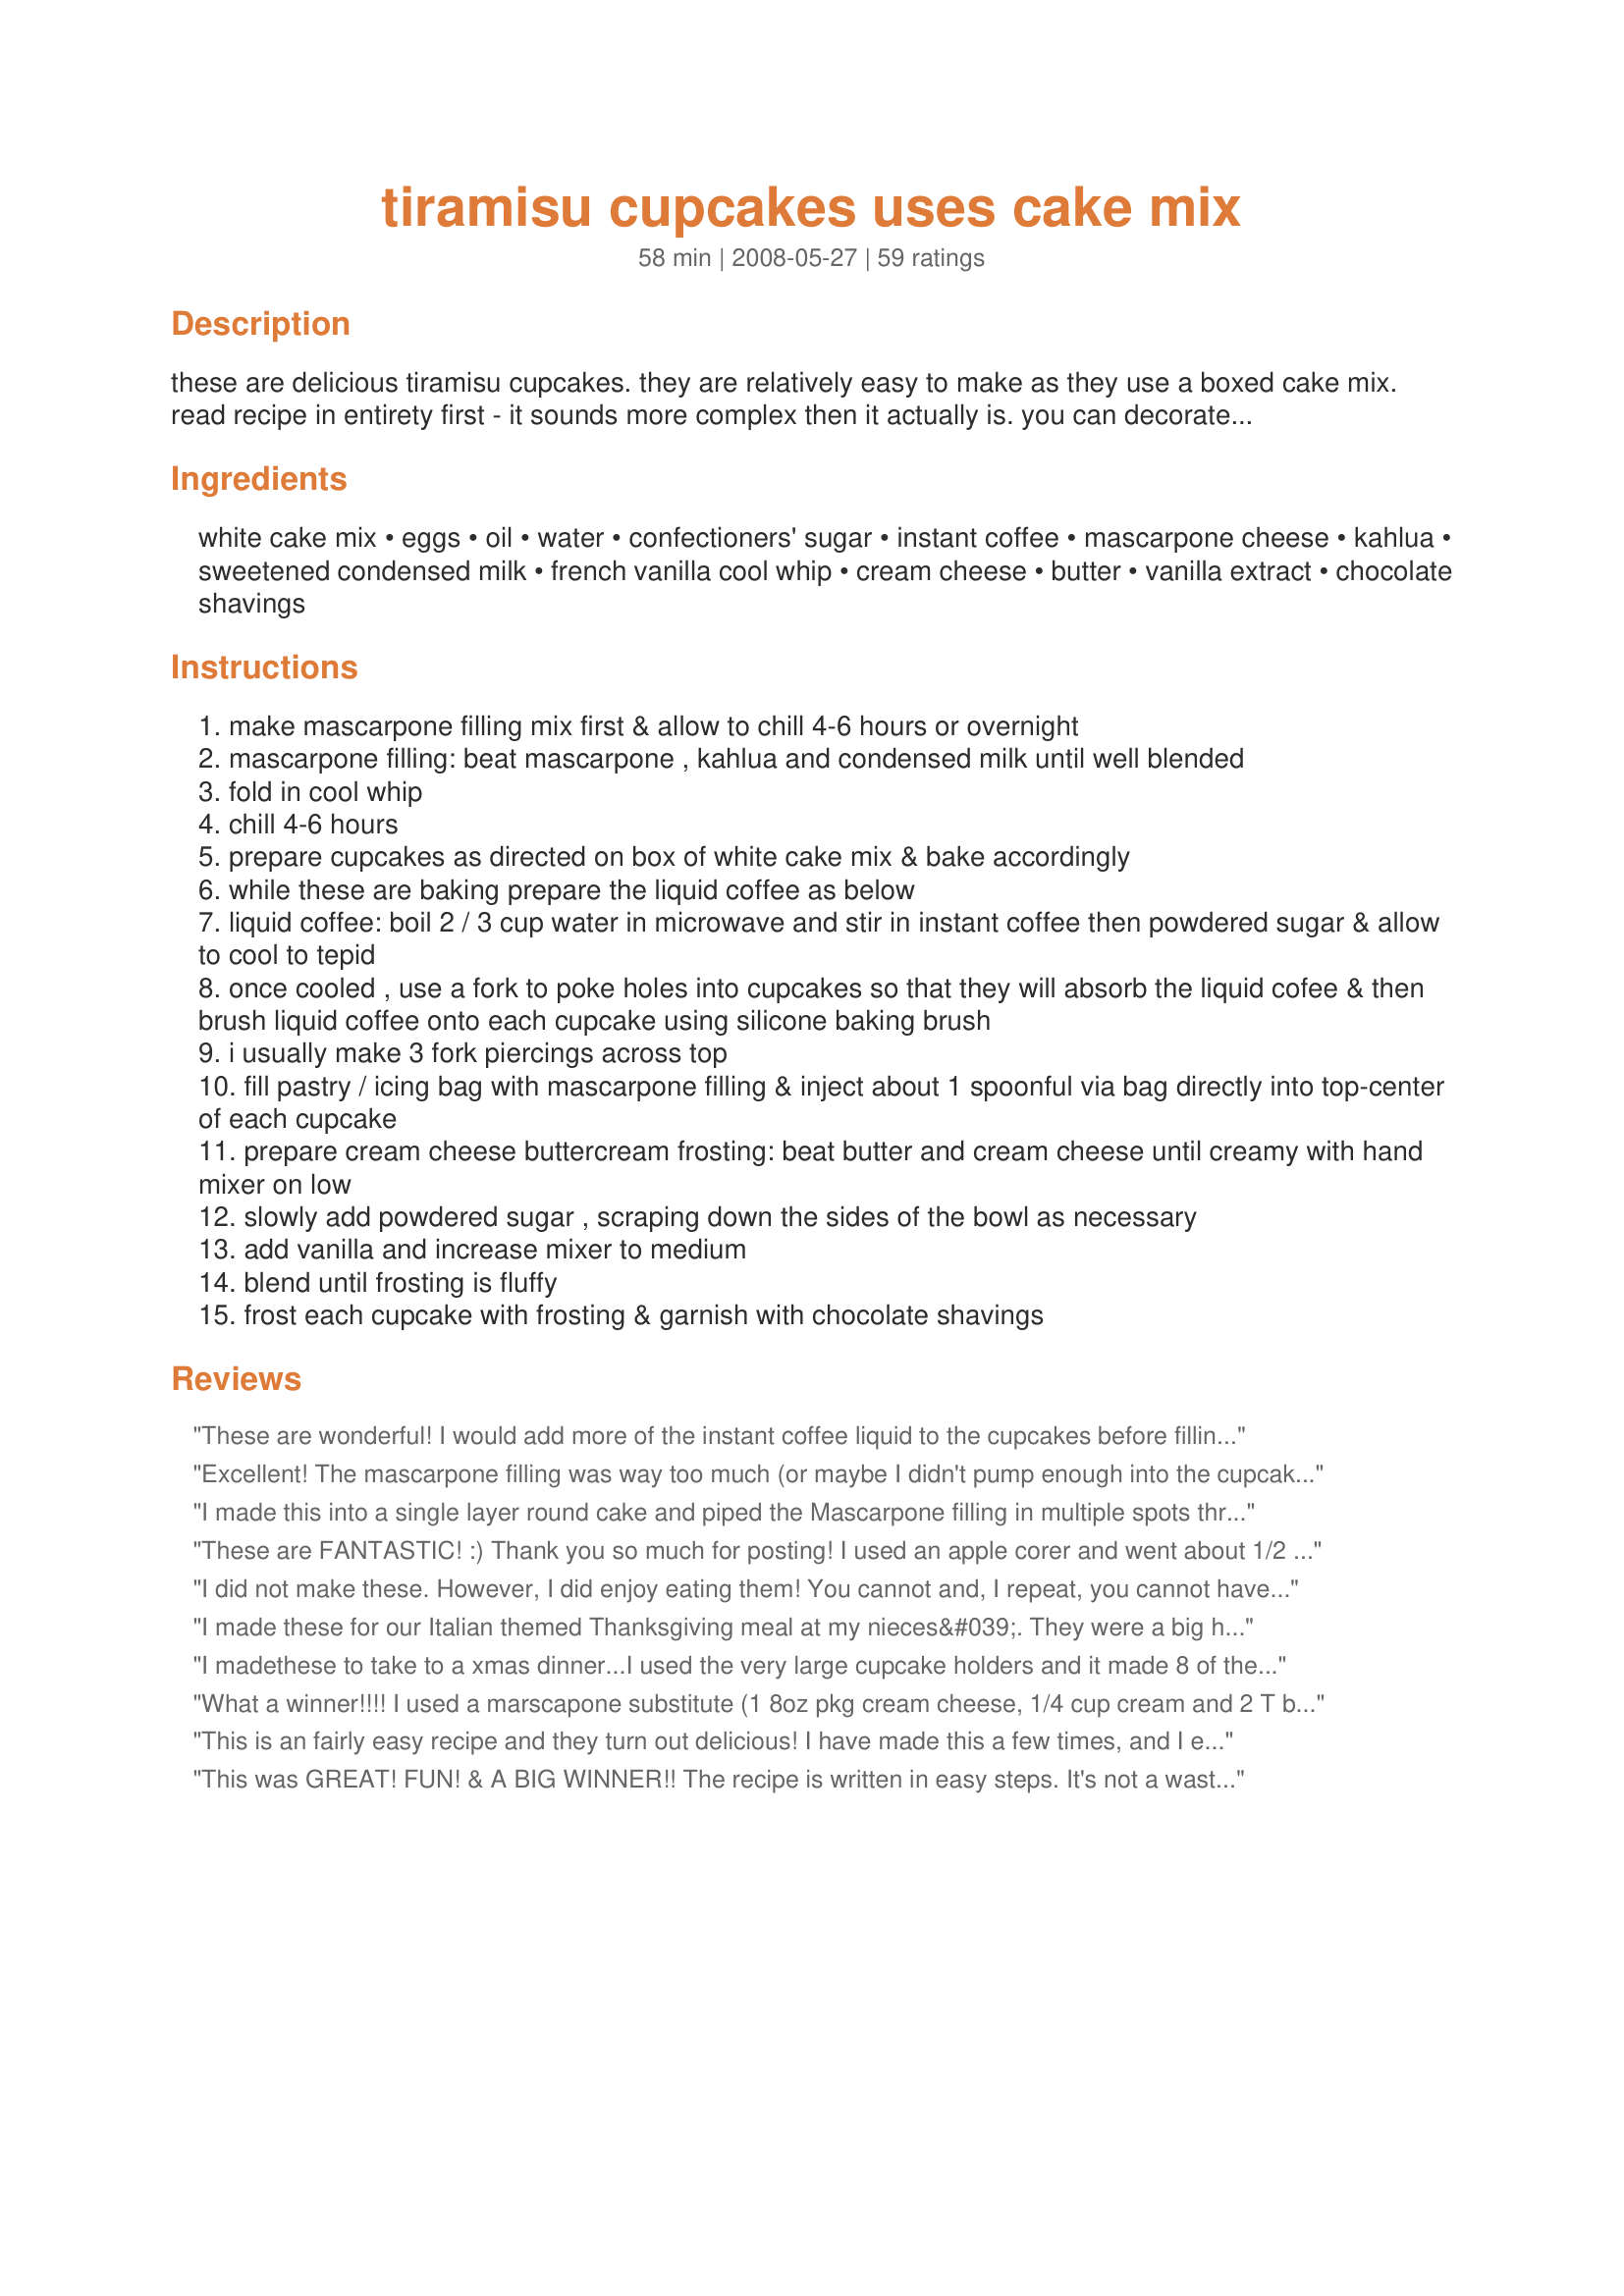
tiramisu cupcakes uses cake mix
Preparation time: 58 minutes

these are delicious tiramisu cupcakes. they are relatively easy to make as they use a boxed cake mix. read recipe in entirety first - it sounds more complex then it actually is. you can decorate these to be quite elegant & fancy in presentation for brunches, bridal showers, or whatever suits your needs. these sell at gourmet bakeries, coffee shops & cafe's for a pretty penny. note: i do use mascarpone to make these as that is more traditional, but you could substitute with plain cream cheese if needed.
also, i do use cupcake liners because i think they present better.
lastly, it's best to prepare mascarpone filling & chill about 4-6 hours in advance or night before.
fyi: you can fill the cupcakes by using a icing decorating (piping) bag filled with the mascarpone filling or use an old fashioned ketchup or mustard plastic bottle with nozzle point tip << yes, those ugly yellow & red things :-)
*** update: some of you contacted me about skipping the pastry bag step, that's completely fine, what you need to do is leave room when filling cupcake wrappers by not filling all the way, after cupcakes are baked, you poke the holes & do the liquid coffee over top of poked cakes, then just top with the mascarpone layer (make sure it's chilled well as it thickens) then just use the cream cheese frosting on top of that & top with chocolate shavings.

Ingredients:
white cake mix, eggs, oil, water, confectioners' sugar, instant coffee, mascarpone cheese, kahlua, sweetened condensed milk, french vanilla cool whip, cream cheese, butter, vanilla extract, chocolate shavings

Steps:
make mascarpone filling mix first & allow to chill 4-6 hours or overnight
mascarpone filling: beat mascarpone , kahlua and condensed milk until well blended
fold in cool whip
chill 4-6 hours
prepare cupcakes as directed on box of white cake mix & bake accordingly
while these are baking prepare the liquid coffee as below
liquid coffee: boil 2 / 3 cup water in microwave and stir in instant coffee then powdered sugar & allow to cool to tepid
once cooled , use a fork to poke holes into cupcakes so that they will absorb the liquid cofee & then brush liquid coffee onto each cupcake using silicone baking brush
i usually make 3 fork piercings across top
fill pastry / icing bag with mascarpone filling & inject about 1 spoonful via bag directly into top-center of each cupcake
prepare cream cheese buttercream frosting: beat butter and cream cheese until creamy with hand mixer on low
slowly add powdered sugar , scraping down the sides of the bowl as necessary
add vanilla and increase mixer to medium
blend until frosting is fluffy
frost each cupcake with frosting & garnish with chocolate shavings

Reviews:
These are wonderful! I would add more of the instant coffee liquid to the cupcakes before filling them though. They don't taste like they are from a cake mix at all!
Excellent! The mascarpone filling was way too much (or maybe I didn't pump enough into the cupcakes). But I saved the extra in the freezer and will likely do another batch soon. Thanks!
I made this into a single layer round cake and piped the Mascarpone filling in multiple spots throughout the cake and then frosted the cake. I dusted with Chocolate and a small grouping of espresso beans in the center. It was a HUGE hit and absolutely delicious!!!!
These are FANTASTIC! :) Thank you so much for posting! I used an apple corer and went about 1/2 way down into the cupcake to pull out a plug- out of the center of the cupcake. I piped the filling in and cut off the top of plug/cork shaped cake and plugged it back up. Super Easy!! Next time after I core out a bit I will put a little of the coffee mixture at the bottom of the hole :) YUM!
I did not make these. However, I did enjoy eating them! You cannot and, I repeat, you cannot have just one!!!
I made these for our Italian themed Thanksgiving meal at my nieces&#039;. They were a big hit. A bit time consuming, but worth it. I used my decorating tips and they looked just like store bought cupcakes, I even impressed myself!!
I madethese to take to a xmas dinner...I used the very large cupcake holders and it made 8 of them...they were spectacular!...a real show stopper.
What a winner!!!! I used a marscapone substitute (1 8oz pkg cream cheese, 1/4 cup cream and 2 T butter creamed together) and also didn't have french vanilla cool whip so I just added some vanilla extract. Perfect cupcakes - amazing. I baked them in foil liners as suggested by another reviewer. I used a pampered chef Easy Accent Decorator to fill my cupcakes. I will SO make these again!!!
This is an fairly easy recipe and they turn out delicious! I have made this a few times, and I even turned this recipe into a simple round cake. That came our just as wonderful! Thanks for sharing!
This was GREAT! FUN! & A BIG WINNER!! The recipe is written in easy steps. It's not a waste of time if you rather make you own cake from scratch...fine, just follow these easy GREAT Filling Recipes. The Fillings can't be beat! Blondie really hit the flavor on the coffee, the filling, & the frosting!! I am blown away with the concept & taste!!! So Authentic! The Best Tiramisu I have ever made. The first time I made them I didn't pour enough coffee on each one...I only used two teaspoons on each cake. The second time, I used four teaspoons & it was even better!<br/>Again, this is such a wonderful addition to a party! I LOVE THEM. Thank You Blondie!
Can't give any stars as of yet-but I LOVE(!!!!!!) tiramisu and will definetely try these. I would use marscapone cheese-as you mentioned-traditional and a bit lighter.
Omg...If these taste like tiramisu without having to dip ladyfingers and such I am sooooo there!!! Thanks for sharing this!!!
Absolutely delicious!!! It was a little time consuming, but the time it took to prepare this goody was ABSOLUTELY WORTH IT!!! Fabulous
Good. Kinda time consuming. My family really liked it. Thanks.
These were truly delicious! I followed the recipe except I did not use the frosting. Instead, I topped each cupcake with more of the mascarpone filling. They tasted so much lighter than traditional overly sweet cupcakes, and I just loved them. I'll definitely be making them again!
Awsome!! I love this and got raves about it!! I think i could have put more of the coffee stuff on it i was afraid to put too much on since i only had paper cups. Instead of the frosting i used left over filling added the cream cheese and 1/2 cup powdered sugar and pipedd that on top. will make many times thank you!
By far, this recipe will exceed your expectations. It's so decadent that the cupcake size of it is perfect. These morsels honestly melt in your mouth. The layering of flavors combined with the soft, fluffy texture make them incredible. An unbelievably fabulous recipe!!
My mother had these at a bake sale and could not stop talking about them. So for her birthday I suprised her with these, thanks to you and your recipe :) So good with not a lot of hard work. I didnt use the Kalua since I figured the girlscouts probably didnt liquer them up. I look forward to trying the adult version sometime. Thanks a bunch!
Oh my God! That's what everyone was saying when they bit into these cupcakes. I made them exactly as the recipe, with the only liberty being that I used a mixture of kahlua and spiced rum for the liquid coffee layer. These really impressed.
These are PHENOMENAL! Only thing I did different after reading reviews, was I used the left- over filling after filling the cupcakes, (instead of making the frosting as listed) and I added just enough powdered sugar to firm it up a little more to frost the cupcakes with it. After chilling the cupcakes, the frosting will firm up even more. Used Hershey's Special Dark for the chocolate grated on top. I did take a picture and will try to post it later. I will make these again and again.Thank you BlondieItaliana!
wow! I made these today for my daughter's birthday and her b/f's is tomorrow, I hope they taste as good as they look :)... WOWZERS! Mascarpone cheese was way too expensive , I made my own with.. 1 (8oz) pkg. cream cheese, 1/4 cup whipping cream and 2 1/2 tblsp. sour cream.....Also, i didn t have large cupcake pan, so I bought some small foil individual meat pie pans... I will update after dinner tonight once my guests are gone ...Wish me luck ,lmao<br/>Well, i'm back and my guest were amazed all u heard was ummm, omggg,this is so good :) everyone was happy and that made me smile :) tyvm for great recipe blondie will be making this again for sure
I am not a fan of the boxed cake flavor that is still present after adding the coffee syrup. The texture was also something I did not care for as it was mushy. The mascarpone filling was my favorite part of the entire recipe.
OUTSTANDING! I love tiramisu, it's one of my favorite things in the world. I made these yesterday for a dinner party last night and I have to tell you that every single person was flabbergasted as to how delicious these were. Everyone asked for the recipe. I took the advice of the previous reviewer and didn't bother with a pastry bag. I just layered on the mascarpone layer after I pierced the cupcake with an X formation using a 2 prong meat fork - poured on the coffee mixture, topped with the mascarpone layer then topped with the cream layer & dusted with shaved Dove dark chocolate. I saw in another recipe to use the foil cupcake liners instead of paper due to "soggyness" so that was a good pointer. Anyway, I plan on making these time & time again. Thank you!!!!!!!!
HOLY COW ~ THESE WERE AWESOME!!!!! I usually make tirmisu and this by far was the best in cupcake form!! I followed the directions as stated ~ I used the foil liners which was easier to handle and they present better ~ I used the silicone brush to brush on the coffee mixture and in the morning I filled the cupcakes ~ I had a HUGH syringe that I used and sucked up the filling and was able to insert and inject the filling ~ it was even easier to refill when I had to! I used a Chocolate Hershery bar and a potato peeler and made my shavings. These were a hit at our Father's Day celebration ~ this will definately be a recipe I will use all the time!! THANK YOU BLONDIEITALIAN ~ from a Blond Italian also!! LOL
I made these wonderful gems with my 12 year old grandson, who is quite a chef. They were wonderful. I made a few changes. He whipped 1/2 pint whipping cream instead of all the chemicals in cool whip. For the chocolate topping we melted 1/4 c of chocolate chips and 1 Tb. water and drizzled it on top of the frosting. Then he ran a toothpick through it and it looked very professional.
 We had marscapone filling, and frosting leftover which I froze for some future use. I had 16 cupcakes, not 24.
Delicioso
These were excellent and tasted just like Tiramisu. I made it for a bridal shower and none were left behind.
Loved it! Made it for my son's birthday party as a treat for the grown ups for the first time. Got rave reviews -- not a single one left! Thank you for sharing...and i did the original piping into the middle of the cupcake.
These were the "dessert of choice" at my Pokeno game. I used the foil liners also and the store was out of mascarpone so I just mixed 8 ounces of cream cheese and 2 tbsp softened butter. I didn't mix in any cream to the cream cheese because I wanted to use the filling as the icing and was afraid it might be too soft. I just spread the well chilled filling on the top of the cupcake like icing and topped them with shaved chocolate. I loved the flavor of the Kahlua in the filling and would highly recommend using it. If you don't want to pay the high price for the "Kahlua" brand look for a bottle of "Kamora" it tastes exactly like "Kahlua" but almost half the price. These were delicious little gems and something I will make again and again.
10 STARS! This recipe is absolutely wonderful and really very easy! The mascarpone filling is TO DIE FOR - I had to restrain myself from eating all of it before I used it in the recipe! Instead of using muffin pans, I used a "mini bundt" pan. (I'm not sure how else to describe it, but it looks like miniature bundt cakes!) I piped the mascarpone filling into the cakes and also on the top on the cake. I did not use the cream cheese frosting this time, but will definitely try it next time! I topped the cake with chocolate shavings and a strawberry. My guests LOVED these! Thank you so much for sharing this elegant (and simple!) dessert recipe!
I hate to be the bummer reviewer... but these were just "ok" for me. I think, only because I used a boxed cake mix (Duncan Hines Moist Deluxe). The actual cake had a "fake" taste & feel. I will try these again, using a from-scratch cupcake. On a positive note... the filling was nice and fluffy without being too strong or sweet. I could not find French Vanilla Cool-Whip anywhere so I used regular and added 2 tea pure vanilla extract. I filled the cupcakes using a pastry bag, but I think that I would use the other reviewers' ideas to layer the cupcakes and filling... that way, you get that wonderful taste in every bite! Another idea might be to bake them with a nice crown then cut & hollow them out a bit, fill them, replace the "lid" and frost, sealing up the area where the cut would be made. Next time, I will also soak the cakes with way more coffee. By the way, because of the coffee layer, you NEED to use FOIL liners. For those of you who haven't used the mascarpone cheese yet... totally worth it! Very creamy and a bit easier to work with IMO. I will try this recipe again with a from-scratch cake (that is more like lady fingers), more coffee liquid & I will layer the mascarpone filling... then rate it more fairly.
Oh my freaking word are these good!! I varied slightly on a few things but in no way am I implying that my way is better than the original. I can&#039;t imagine these cupcakes being bad no matter what you do! I used Betty Crocker French Vanilla cake mix instead of white. They baked up looking just like a lady finger so I was very happy with that. Ok...now the mascarpone cream. Oh baby, this is the best part of the whole thing! I made it exactly as written. All I can say is that I actually whimpered when I tasted it. I did not have a lot left over as I hollowed out the center of the cupcakes and jammed as much of this heavenly stuff in as I possibly could. With much difficulty I resisted the urge to pipe the remainder directly into my mouth. I put the rest into the frosting and it was perfect. I added a little Kahlua into the coffee mixture just because...how could it possibly hurt?! I spooned the coffee mixture into the bottom of the hole before filling with the cream and used a metal shishkabob skewer to poke holes all around the edge of the hole. I used all the coffee mixture between the 18 cupcakes I made and it was just the right amount. Definitely could taste it but in no way overpowering. Decorated top with chocolate covered espresso bean and chocolate curls. Absolute perfection! THANK YOU for this wonderful recipe! Blondie...You&#039;re a genius!
A cupcake like no other- these are in a class all by themselves! The hard part will be controling fingers from all the delicious creams and frosting as you are making them. I had a lot of left over filling so I just mixed it in with the frosting for added flavor. I ended up with extra frosting so I used it to frost some additional cupcakes I made. You won't be disappointed in this yummy delight!
The flavor is very good but a little sweet. . I decided to make a 4 layer cake (split 2 layers into 4) and alternated the filling & frosting . Bottom layer had filling on top, middle layer frosting, 3rd layer filling, then frosted the top & sides of cake, I grated chocolate over the top. I was disappointed with both the filling and frosting, it just never seem to firm up and was too runny. I am not sure what went wrong. Next time I will make cupcakes for a more concentrated flavor. I seemed to have a lot of everything left over.
So easy and yummy!!!
Just made these for a friend's birthday. They were a HUGE hit. I made the mascarpone filling and the cupcakes the night before, then brushed on the coffee layer and frosted them a few hours before serving them. I couldn't really taste the coffee layer but my friend that I made them for said she could. I might brush a little more of the coffee layer on next time, just for my own unsophisticated palate! Regardless, everyone loved these and they were easy enough that I would definitely make them again!

EDITED just to add that I had a TON of the mascarpone filling left over - not that that's a bad thing! It will definitely find a good home in my belly. However, I had more than half of it left, so if you don't want to use entire tubs of mascarpone and cool whip, you could definitely scale down that part of the recipe.
For taste, these would rate a 5 star, but for texture a 4...so really this should be a 4.5. They taste fantastic, and are relatively easy to make. I used brewed espresso instead of instant and water. I also used Pillsbury Cream Cheese Easy Frost (the most genius invention ever) instead of homemade. Next time I will whip fresh whipping cream to stiff peaks and fold that into the mascarpone. I will also use confectioner's sugar instead of the evaporated skim milk. I think those two things will make the texture 5 star as well. I cut a core out of the middle of the cupcake with an apple corer as described in earlier reviews. I agree, the more of the mascarpone mixture and coffee you get on these the better! My friends just loved them! Thanks for the post!
Delicious! I made it for a co-worker's shower and everyone loved it. I piped the marscapone fillling into the cupcake and used the remaining amount on top, then grated chocolate on top. They were beautiful. I made homemade vanilla muffins at first, but found that they were too firm, so I used a box mix and it turned out great. Thanks for the recipe.
good
Can these be made 2 weeks ahead of time and frozen?
I LOVE Tiramisu, I cannot wait to try these. I did read the recipe and hope I can handle. Wanted to see if anyone had a pic of the final product. Update 6/29/08: I made these and they were DELICIOUS!!!! The taste was fantastic. Mine were a little messy from stuffing, but covered up with the frosting and you'd never know. But I am kind of clumsy anyway. I, by the way, LOVED the frosting, I have a sweet tooth & this hit the spot! These are a keeper!
These were excellent. They are not as much work as you think they would be. Everyone liked them. Thanks for sharing. I made them for my birthday which is today!! Thanks, Brian
WOW!!! These were amazing! I have to admit that I dind't have time to get Kahlua, but I did have some Frangelica and Bailey's. I mixed them instead. I know that the Kahlua would be even better, but I made a pretty darn good substitute, if I do say so myself!
Made these for my very small wedding reception in June. I LOVE Tiramisu and these cupcakes were a great &quot;substitution&quot; for the layered dessert. I will make these again and again!
Chef #823941 was desperately looking for someone to take a picture of this recipe, and not being able to resist any kind of tiramisu, I offered to make and photograph them for her. I'm so glad that I accepted her challenge because I am in tiramisu heaven! These are absolutely delicious little gems!! I followed the ingredient list to a T, but found that the frosting didn't suit my taste, so I frosted the remaining cupcakes with the leftover filling, which makes the cupcakes taste more like traditional tiramisu. Also, I didn't have anything to inject the filling into the cupcakes, so I simply cut a good-sized hole from the top (down into the middle of each cupcake), brushed more coffee mixture inside, and then used a small spoon to fill the hole. I then frosted each cupcake with the leftover filling and they came out absolutely perfect!!
YUMMMMOOOOO!!! These will become a part of my forever cookbook!!! Followed every direction and they came out perfect. My hubby said that they were my best cupcake by far! Thanks for sharing.
First I made the cupcake version which was a big hit... but i learned 2 things: first i should have used the cupcake liners instead of greasing the muffin pans (my omission) and next time i'll fill cupcakes to the top-giving me more 'cake' to work with. Yestday i made ladyfingers and used the tiamisu filling and fresh made espresso mix...dipped the cookies in the coffee mixture-then layer of tiramisu cream until it reached top of bowl--ended with the creme and sprinkled cocoa on top...BIG HIT...
Wow!!! These were so good. I made them as written and wouldn't change a thing. Thanks for sharing.
Excellant recipe! Easy to follow, easy to make, big wow factor. Only thing I would do is increase amount of cupcakes to 48 - as you have enough of everything to double the recipe. Thanks for a real winner!
This was so easy and the result was worth it!!! I used star-shaped cupcake tins which made them even more festive!!
I also like to do my own baking, so I made from-scratch cupcakes instead of a boxed mix.
Dusting of cocoa and shaved dark chocolate and these were beautiful and delicious!!!
These cupcakes are AMAZING! They were also a LOT easier than I thought. I followed the exact recipe except instead of taking the time to shave chocolate i just dusted mine with cocoa. I submitted a photo of the finished result.
These cupcakes are gonna be gone fast.
Fantastic recipe!
Even if you read through this and think it is too complicated, PLEASE, don't miss out on this recipe!!! BlondieItaliana put it ALL in here. Just follow her directions and I promise, when you sample one, you will think you have died and gone to heaven!!! :-) I did use the pastry bag and just poked it in and squeezed, slowly, until I saw the fillling bubbling up and noticed the top cracking open a little (which was covered with the next step, that tasty icing!!) The flavors are wonderful on the finished cupcake and you get a little of everything: the vanilla, the cream, the Kalua, the coffee, all of it. This is DEFINITELY worth the little extra you do to get the end result: A "twelve star" recipe. Thank you for taking the time to post this. I will make this one again.....anytime!!!! Angelcook
How long do these keep if refrigerated? And can they be left out for more than an hour or so?
Delightful! Made them for a surprise party and didn't tell the guest of honor what kind of cupcakes I made. She guessed right away they were tiramisu. Thank you!
These were amazing! I made them for an engagement party because the pairs favorite dessert is tiramisu. They loved them. I had a guy friend say he would propose to me right at that moment if I wasn't already married. My husband said these were the best cupcakes he'd ever had. I will be making these again!
Holy Terrific!!!! These were so delicious I can't even describe. If you like Tiramisu, you will LOVE these. I somehow couldn't figure out how to "inject" the mascarpone filling (I was using a frosting bag) so I just piled it on top of the cupcakes and then piled on the frosting, they turned out fine & probably won't bother trying to figure out the other way next time either. I should say that I purposely didn't fill my muffin cups all the way with cupcake batter so this allowed me to layer the mascarpone then the frosting easier. And you know what, they were probably even easier to make by omitting that step anyhow. Anyway, Excellent cupcakes. I dusted them with cocoa powder and they looked like a million bucks! ***** 5 stars on this one for sure! UPDATE TO MY ORIGINAL REVIEW: I just made these AGAIN at request of a handful of people that got to try them last time I made them a few weeks ago. Again, everyone RAVED! I still haven't attempted to "inject" them yet, but maybe next time since I see a few of you reviewers have done it that way.
These were wonderful! Served at our annual "Day After Christmas Party" and everyone loved them! Easy to make, but I had 2 cups of filling leftover (boo!) I'll simply make less next time and there WILL be many more next times. Thanks for this great recipe!
Tiramisu is one of my all time favorite desserts and I HAD to try these. Just as I imagined, they were wonderful! Reading the other reviews helped me to decide to leave off the cream cheese frosting (to be more like traditional Tiramisu). The Mascarpone Filling is amazing when used as the cupcake topping dusted with cocoa. And as one reader said, the recipe makes A LOT of filling, so you could decrease it if needed (I froze the leftovers for future cakes! Mmm!). I also added more liquid coffee to the cakes, as I like a bigger coffee flavor. Foil cupcake liners are a MUST! Thanks SO much for this recipe. It's a keeper!
These were the hit of the party !!! Will be making them again soon !
Everybody loved the cupcakes! But it was a little messy. I used tin foil cupcake liners and there would be some coffee on the bottom.
